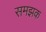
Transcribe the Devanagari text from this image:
समझक